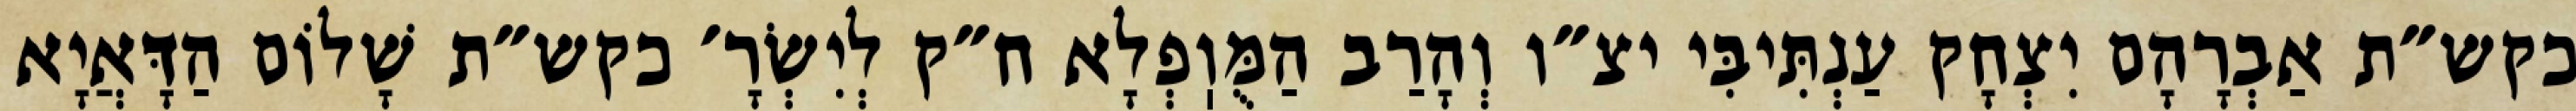
כקש״ת אַבְרָהָם יִצְחָק עַנְתִּיבִּי יצ״ו וְהָרַב הַמֻּוֽפְלָא ח״ק לְיִשְׂרָ׳ כקש״ת שָׁלוֹם הַדָּאֲיָא